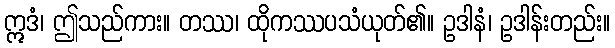
ဣဒံ၊ ဤသည်ကား။ တဿ၊ ထိုကဿပသံယုတ်၏။ ဥဒါနံ၊ ဥဒါန်းတည်း။